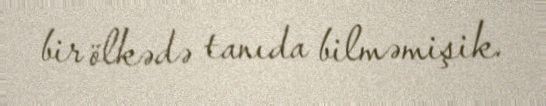
bir ölkədə tanıda bilməmişik.